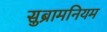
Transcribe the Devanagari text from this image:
सुब्रामनियम